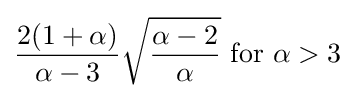
{\frac {2(1+\alpha )}{\alpha -3}}{\sqrt {\frac {\alpha -2}{\alpha }}}{\text{ for }}\alpha >3